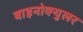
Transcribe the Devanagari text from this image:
बाइनोक्युलर